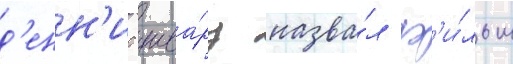
д'енн'ис шва́рц назва́л ф'и́льм